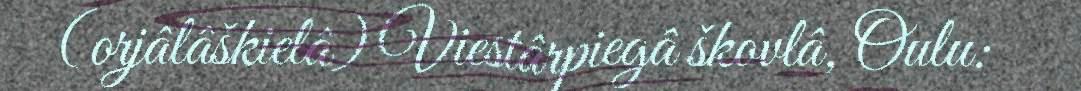
(orjâlâškielâ) Viestârpiegâ škovlâ, Oulu: